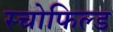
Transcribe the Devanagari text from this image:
स्चोफिल्ड